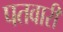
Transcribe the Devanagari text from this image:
पतवारी